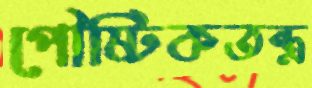
পৌষ্টিকতন্ত্র